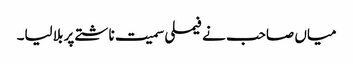
میاں صاحب نے فیملی سمیت ناشتے پر بلا لیا۔